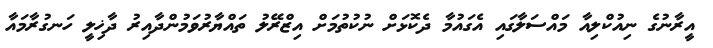
އީރާނުގެ ނިއުކްލިއާ މައްސަލާގައި އެގައުމާ ދެކޮޅަށް ނުކުތުމަށް އިޒްރޭލު ތައްޔާރުވަމުންދާއިރު ދާޚިލީ ހަނގުރާމައާ